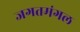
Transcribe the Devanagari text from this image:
जगतमंगल